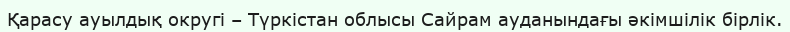
Қарасу ауылдық округі – Түркістан облысы Сайрам ауданындағы әкімшілік бірлік.